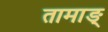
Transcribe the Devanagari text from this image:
तामाङ्‌